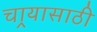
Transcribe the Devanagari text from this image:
चार्‍यासाठी